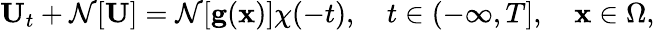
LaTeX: {\mathbf U}_{t}+\mathcal{N}[{\mathbf U}]=\mathcal{N}[{\mathbf g}({\mathbf x})]\chi(-t),\quad t\in(-\infty,T],\quad{\mathbf x}\in\Omega,